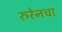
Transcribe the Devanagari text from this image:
रुरेनचा